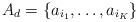
LaTeX: \begin{align*}A_d= \{ a_{i_1}, \dots, a_{i_K} \}\end{align*}